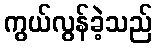
ကွယ်လွန်ခဲ့သည်